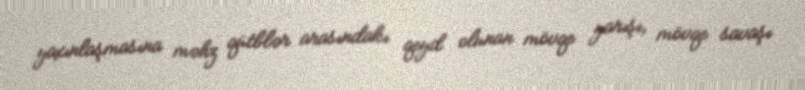
yaxınlaşmasına məhz qütblər arasındakı qeyd olunan mövqe yarışı, mövqe savaşı